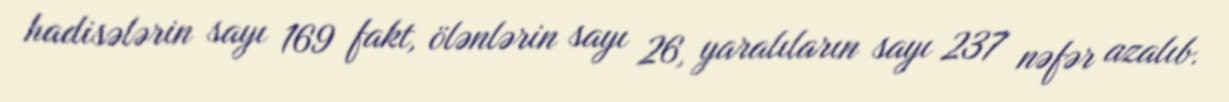
hadisələrin sayı 169 fakt, ölənlərin sayı 26, yaralıların sayı 237 nəfər azalıb.